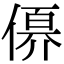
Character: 𠍩